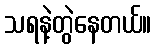
သရနဲ့တွဲနေတယ်။